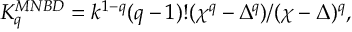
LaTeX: K _ { q } ^ { M N B D } = k ^ { 1 - q } ( q - 1 ) ! ( \chi ^ { q } - \Delta ^ { q } ) / ( \chi - \Delta ) ^ { q } ,